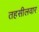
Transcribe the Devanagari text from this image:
तहसीलवार